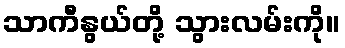
သာကီနွယ်တို့ သွားလမ်းကို။